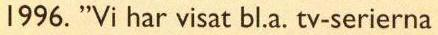
1996. "Vi har visat bl.a. tv-serierna